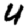
Digit: 4